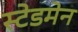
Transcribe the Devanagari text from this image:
स्टेडमेन